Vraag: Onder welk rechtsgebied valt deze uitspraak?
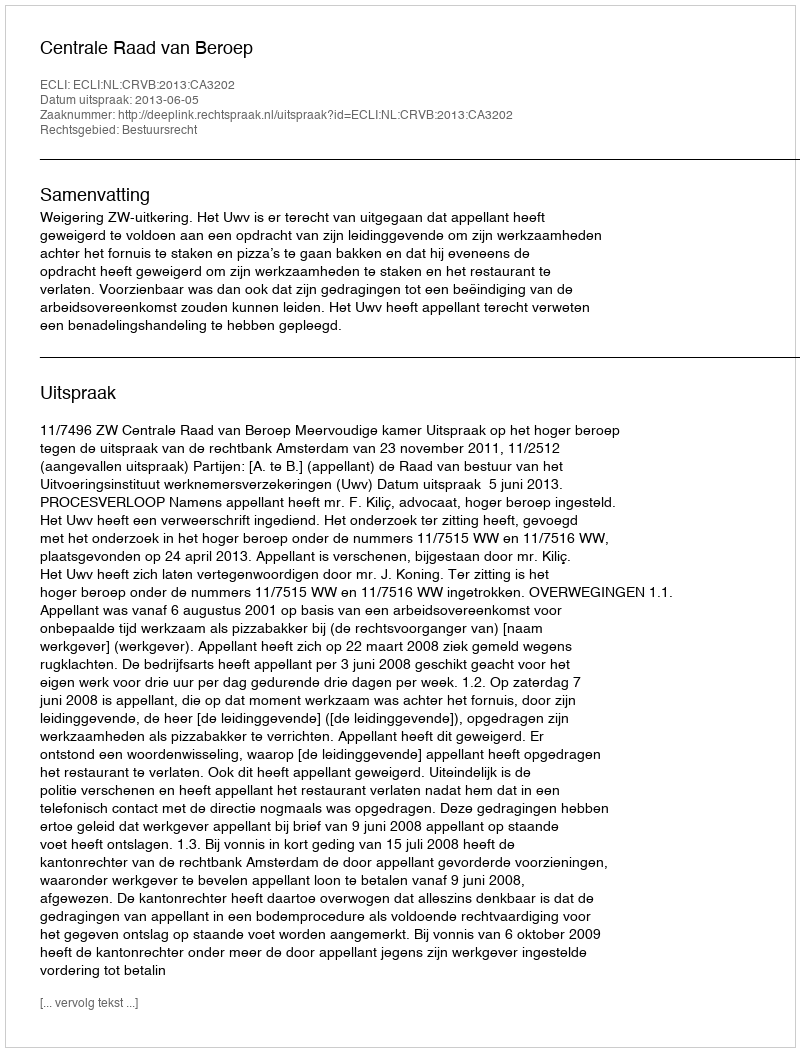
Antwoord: Bestuursrecht